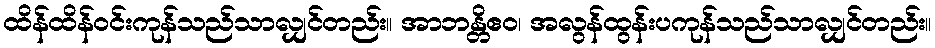
ထိန်ထိန်ဝင်းကုန်သည်သာလျှင်တည်း။ အာဘန္တိဧဝ၊ အလွန်ထွန်းပကုန်သည်သာလျှင်တည်း။